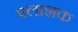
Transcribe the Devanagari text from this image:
पलाशक